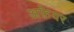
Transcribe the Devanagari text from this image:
अफ़ेयर